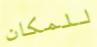
للمكان